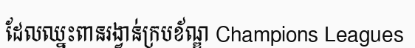
ដែលឈ្នះពានរង្វាន់ក្របខ័ណ្ឌ Champions Leagues